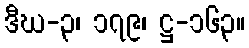
ဒီဃ-၃၊ ၁၇၉၊ ဋ္ဌ-၁၆၃။